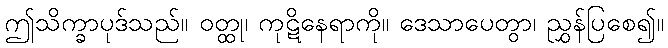
ဤသိက္ခာပုဒ်သည်။ ဝတ္ထု၊ ကုဋိနေရာကို။ ဒေသာပေတွာ၊ ညွှန်ပြစေ၍။